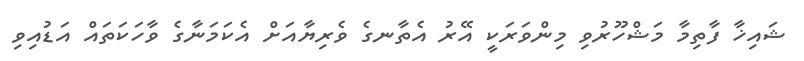
ޝައިޚާ ފާތިމާ މަޝްހޫރުވި މިންވަރަކީ އޭރު އެތާނގެ ވެރިޔާއަށް އެކަމަނާގެ ވާހަކަތައް އަޑުއިވި